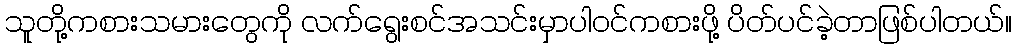
သူတို့ကစားသမားတွေကို လက်ရွေးစင်အသင်းမှာပါဝင်ကစားဖို့ ပိတ်ပင်ခဲ့တာဖြစ်ပါတယ်။